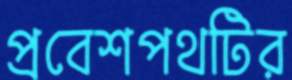
প্রবেশপথটির